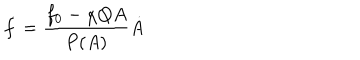
\dot { f } = \frac { f _ { 0 } - \chi Q A } { P ( A ) } \dot { A }